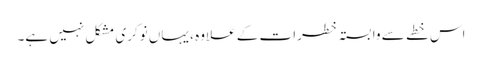
اس خطے سے وابستہ خطرات کے علاوہ ، یہاں نوکری مشکل نہیں ہے۔